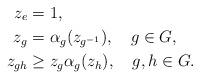
LaTeX: \begin{align*}z_e&=1,\\z_g&=\alpha_g(z_{g^{-1}}),\ \ \ g\in G,\\z_{gh}&\geq z_g\alpha_g(z_h),\ \ \ g,h\in G.\end{align*}